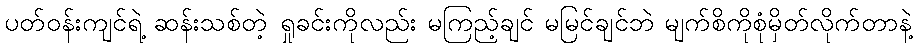
ပတ်ဝန်းကျင်ရဲ့ ဆန်းသစ်တဲ့ ရှုခင်းကိုလည်း မကြည့်ချင် မမြင်ချင်ဘဲ မျက်စိကိုစုံမှိတ်လိုက်တာနဲ့